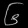
Digit: ၆